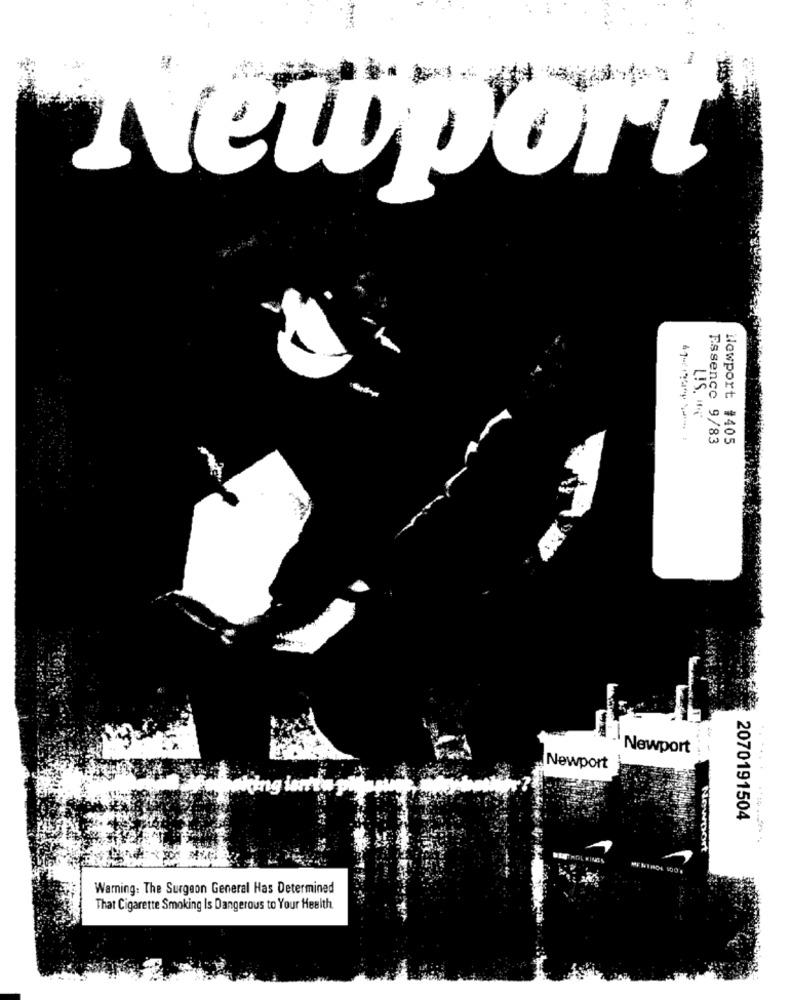
Newport
LIS. I
Essence 9/83
Newport #405
WTH
Newport
Newport
2070191504
Warning: The Surgeon General Has Determined
That Cigarette Smoking Is Dangerous to Your Health